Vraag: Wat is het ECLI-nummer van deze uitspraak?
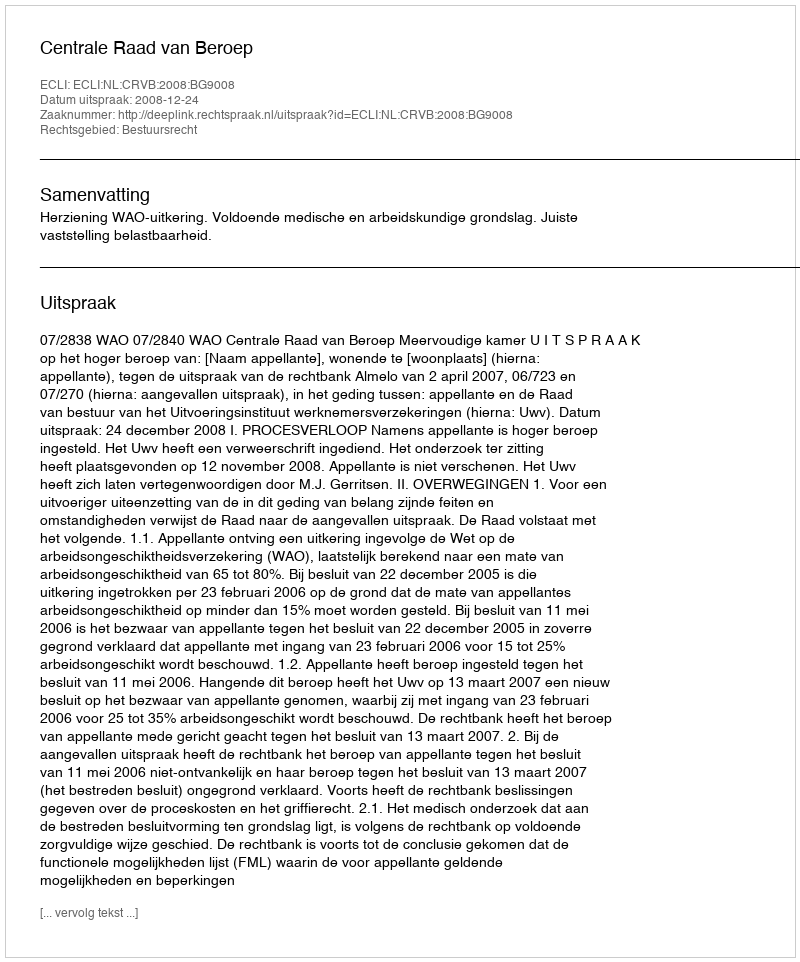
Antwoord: ECLI:NL:CRVB:2008:BG9008